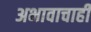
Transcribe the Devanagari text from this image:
अभावाचाही